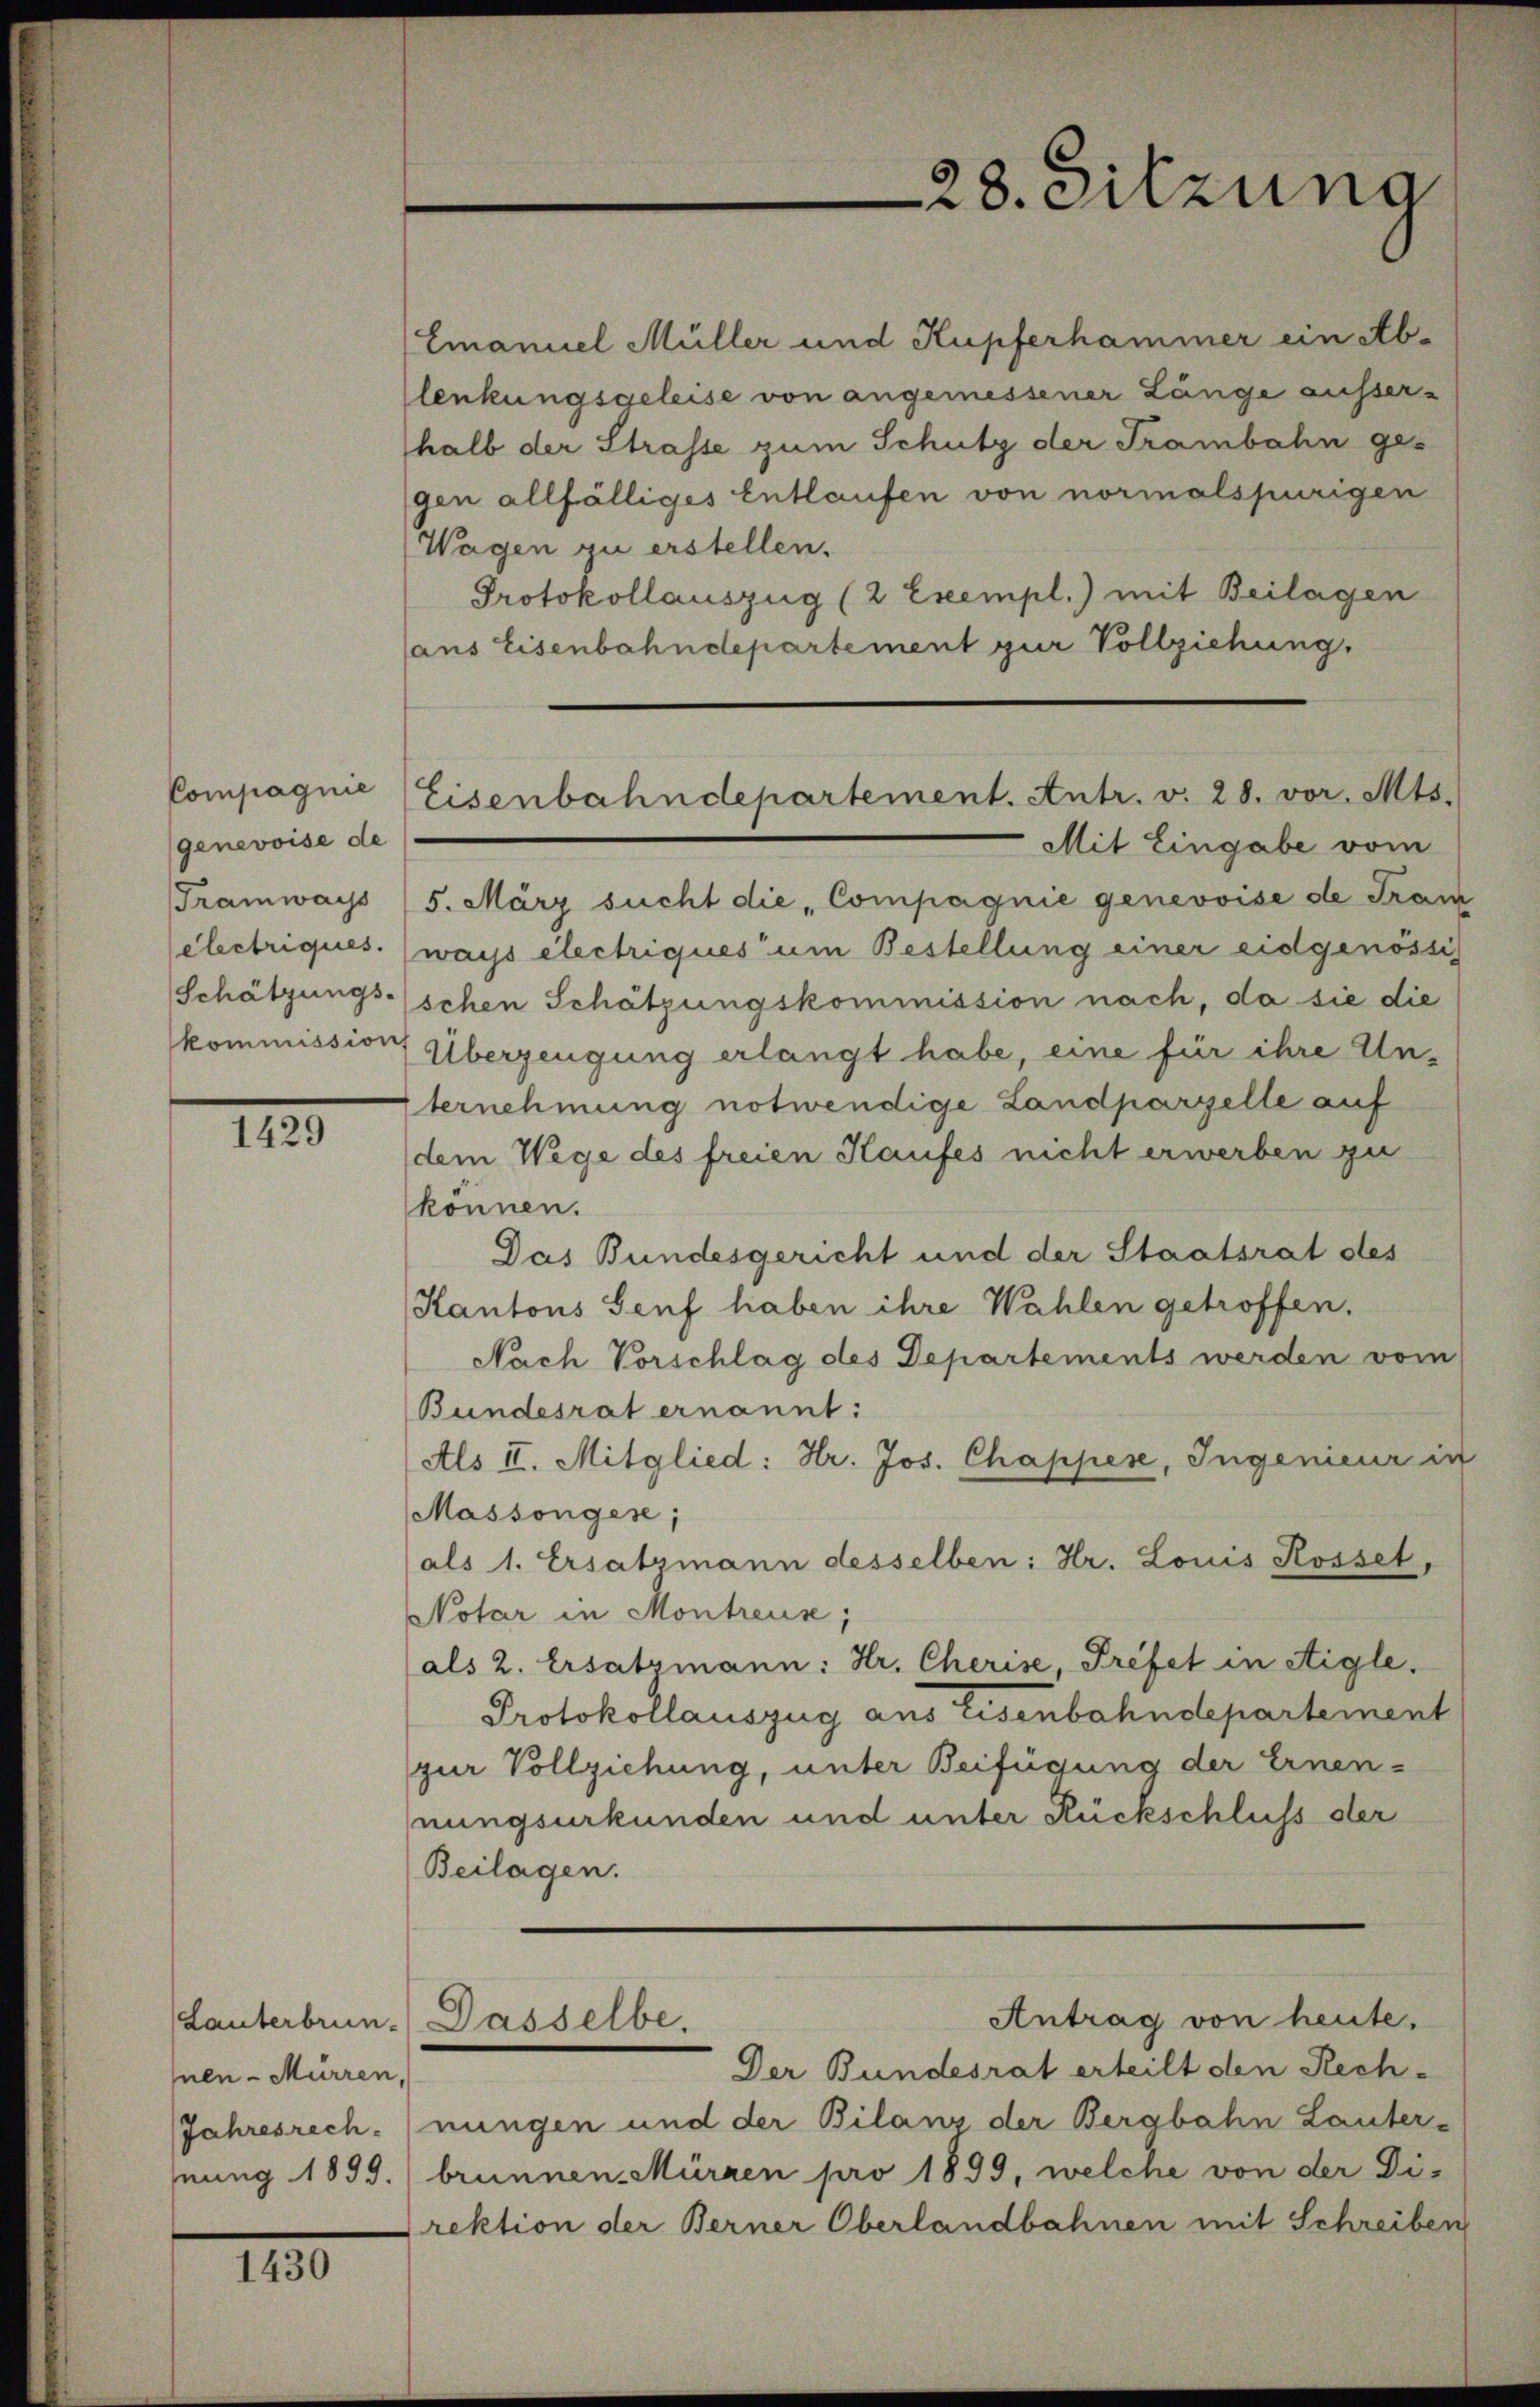
Compagnie
genevoise de
Tramways
electriques.

1429

(Lauterbrun-
hnen - Mürren,
Jahresrech
mnung 1899.

1430

Emanuel Müller und Kupferhammer ein Ab-
lenkungsgeleise von angemessener Länge ausser-
halb der Strasse zum Schutz der Trambahn ges
gen allfälliges Entlaufen von normalspurigen
Wagen zu erstellen.
Protokollauszug (2 Exempl.) mit Beilagen
(aus Eisenbahndepartement zur Vollziehung.

Mit Eingabe vom
5. März sucht die Compagnie genevoise de Franz
ways électriques um Bestellung einer eidgenössis
Schätzungsschen Schätzungskommission nach, da sie die
kommission Überzeugung erlangt habe, eine für ihre Unternehmung notwendige Landparzelle auf
dem Wege des freien Kaufes nicht erwerben zu
können.
Das Bundesgericht und der Staatsrat des
Kantons Genf haben ihre Wahlen getroffen.
Nach Vorschlag des Departements werden vom
Bundesrat ernannt:
Als II. Mitglied: Hr. Jos. Chappese, Ingenieur in
Massongese;
als 1. Ersatzmann desselben: Hr. Louis Rosset,
Notar in Montreus;
als 2. Ersatzmann: Hr. Cherise, Préfet in Aigle.
Protokollauszug aus Eisenbahndepartement
zur Vollziehung, unter Beifügung der Ernennungsurkunden und unter Rückschluss der
Beilagen.

28. Sitzung

Eisenbahndepartement. Antr. v. 28. vor. Mts.

Dasselbe.

Der Bundesrat erteilt den Rech-
nungen und der Bilanz der Bergbahn Lauter-
brunnen. Mürzen pro 1899, welche von der Di-
rektion der Berner Oberlandbahnen mit Schreiben

Antrag von heute.